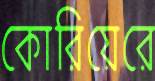
কোরিয়েরে